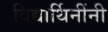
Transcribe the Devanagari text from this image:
विद्यार्थिनींनी